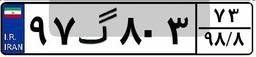
۹۷گ۸۰۳۷۳